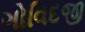
ગોવિદજી